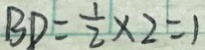
B D = \frac { 1 } { 2 } \times 2 = 1